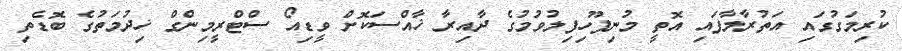
ކުރިމަގުގައި އަތުރާލާފައި އޮތީ މުނިފޫހިފިލުވުމުގެ ދާއިރާ ޚާއްސަކޮށް ވީޑިއޯ ސްޓްރީމިންގް ޚިދުމަތުގެ ބޮޑެތި